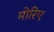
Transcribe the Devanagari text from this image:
मोरिए